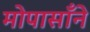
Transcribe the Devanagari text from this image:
मोपासाँने